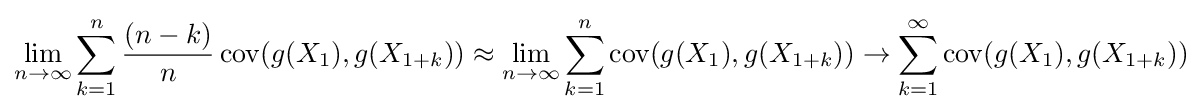
\lim _{n\to \infty }\sum _{k=1}^{n}{\frac {(n-k)}{n}}\operatorname {cov} (g(X_{1}),g(X_{1+k}))\approx \lim _{n\to \infty }\sum _{k=1}^{n}\operatorname {cov} (g(X_{1}),g(X_{1+k}))\to \sum _{k=1}^{\infty }\operatorname {cov} (g(X_{1}),g(X_{1+k}))